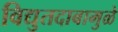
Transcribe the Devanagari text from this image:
विद्युतदाबामुळे